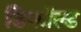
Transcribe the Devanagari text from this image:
डिफॉल्ड